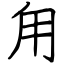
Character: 甪